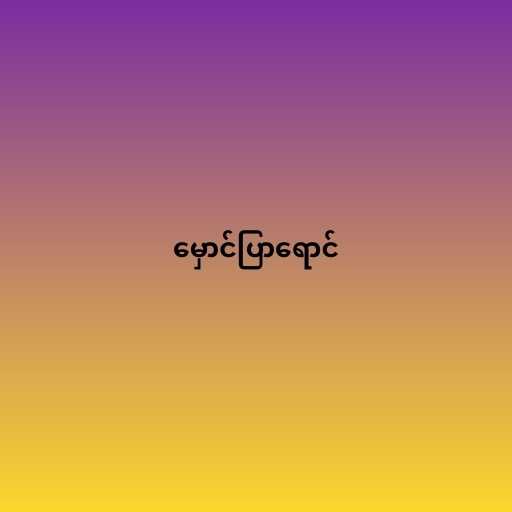
မှောင်ပြာရောင်